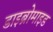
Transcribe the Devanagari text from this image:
डाइब्रोमाइड